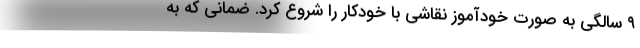
۹ سالگی به صورت خودآموز نقاشی با خودکار را شروع کرد. ضمانی که به